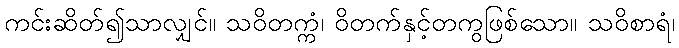
ကင်းဆိတ်၍သာလျှင်။ သဝိတက္ကံ၊ ဝိတက်နှင့်တကွဖြစ်သော။ သဝိစာရံ၊